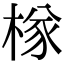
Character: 𣔾